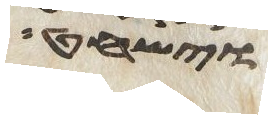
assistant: וישחט